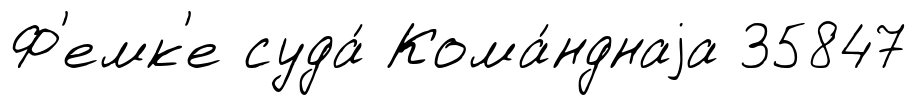
Ф'емк'е суда́ Кома́нднаjа 35847